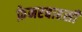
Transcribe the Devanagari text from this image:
फ़ेनरबाहसी